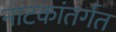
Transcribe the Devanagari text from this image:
नाटकांतर्गत